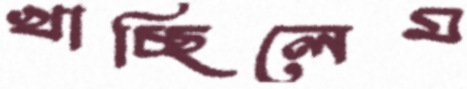
খাচ্ছিলেম